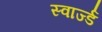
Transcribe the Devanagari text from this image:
स्वार्ज्ड